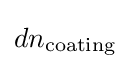
dn_{\rm {coating}}